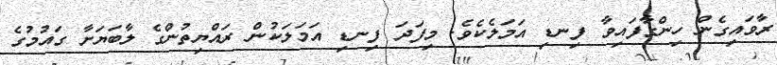
ރާވައިގެން ހިންގާފައިވާ ފިނޑި އަމަލެކެވެ. މިފަދަ ފިނޑި އަމަލަކުން ރައްޔިތުންގެ ލާބަޔަށާ ގައުމުގެ